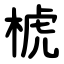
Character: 椃